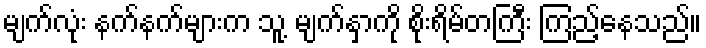
မျက်လုံး နက်နက်များက သူ့ မျက်နှာကို စိုးရိမ်တကြီး ကြည့်နေသည်။